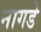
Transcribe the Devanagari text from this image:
नागडे